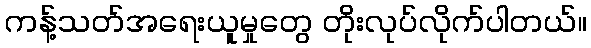
ကန့်သတ်အရေးယူမှုတွေ တိုးလုပ်လိုက်ပါတယ်။